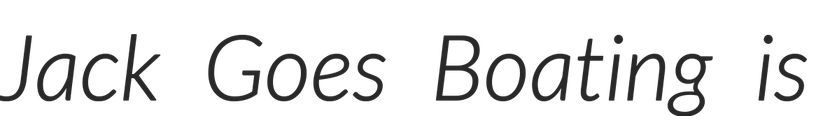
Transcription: Jack Goes Boating is